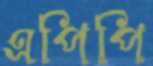
এপিপি